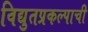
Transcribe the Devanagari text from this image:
विद्युतप्रकल्पाची